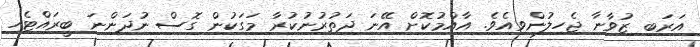
އަރަބި ޒުވާނާ ޖެހިލުންވިއެވެ. އާއްމުކޮށް އޭނަ ދަތުރުނުކުރާ މަގަކުން ގޮސް ނުދަންނަ ބީރައްޓެހި